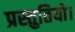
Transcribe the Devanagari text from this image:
प्रस्तुतियो।